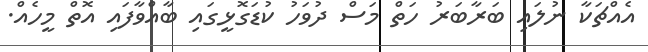
އެއްޗަކާ ނުލައި ބަރާބަރު ހަތް މަސް ދުވަހު ކުޑަގޮޅީގައި ބާއްވާފައި އޮތް މީހެއް.